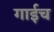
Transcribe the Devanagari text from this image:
गाईच